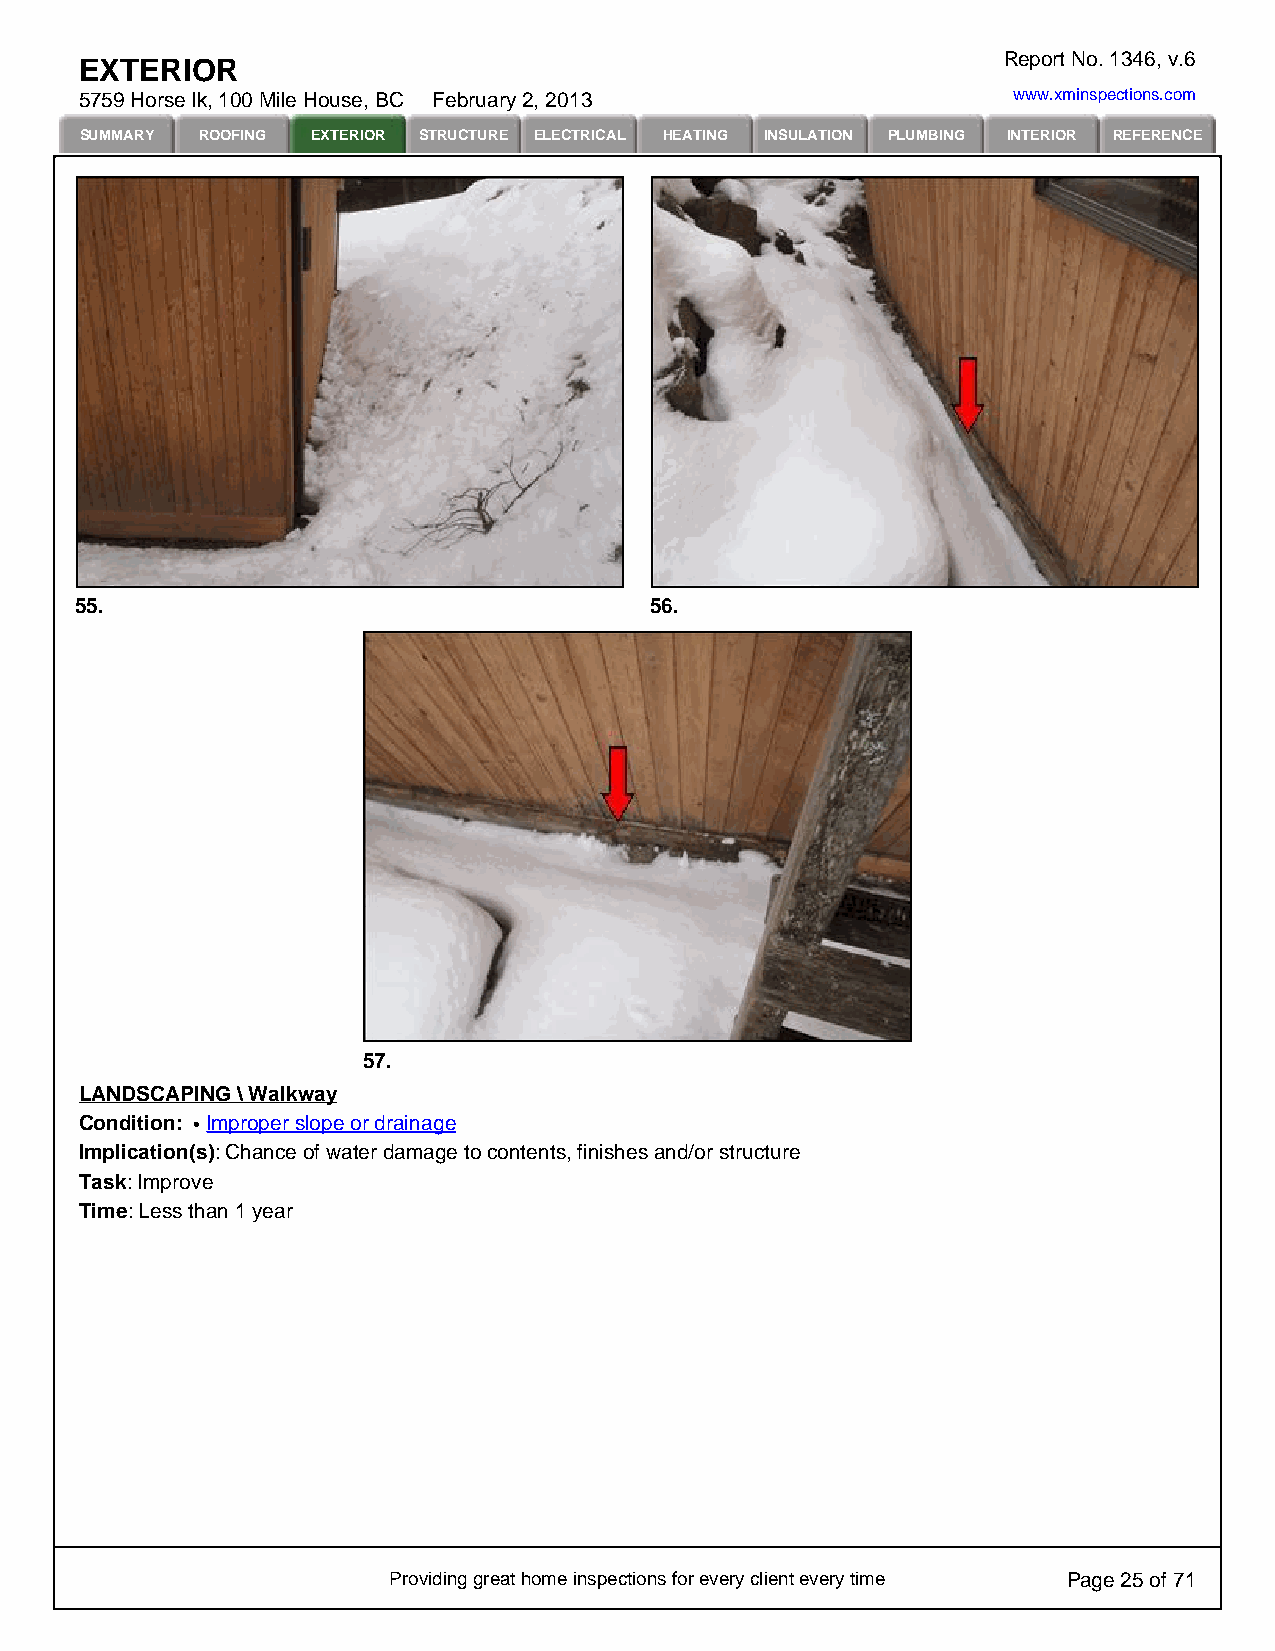
Report No. 1346, v.6
 EXTERIOR
 5759 Horse lk, 100 Mile House, BC February 2, 2013            www.xminspections.com
 SUMMARY ROOFING EXTERIOR STRUCTURE ELECTRICAL HEATING INSULATION PLUMBING INTERIOR REFERENCE
 55.                                   56.
 57.
 LANDSCAPING \ Walkway
 Condition: Improper slope or drainage
 Implication(s): Chance of water damage to contents, finishes and/or structure
 Task: Improve
 Time: Less than 1 year
 Providing great home inspections for every client every time Page 25 of 71